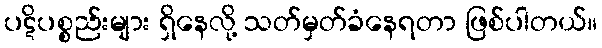
ပဋိပစ္စည်းများ ရှိနေလို့ သတ်မှတ်ခံနေရတာ ဖြစ်ပါတယ်။